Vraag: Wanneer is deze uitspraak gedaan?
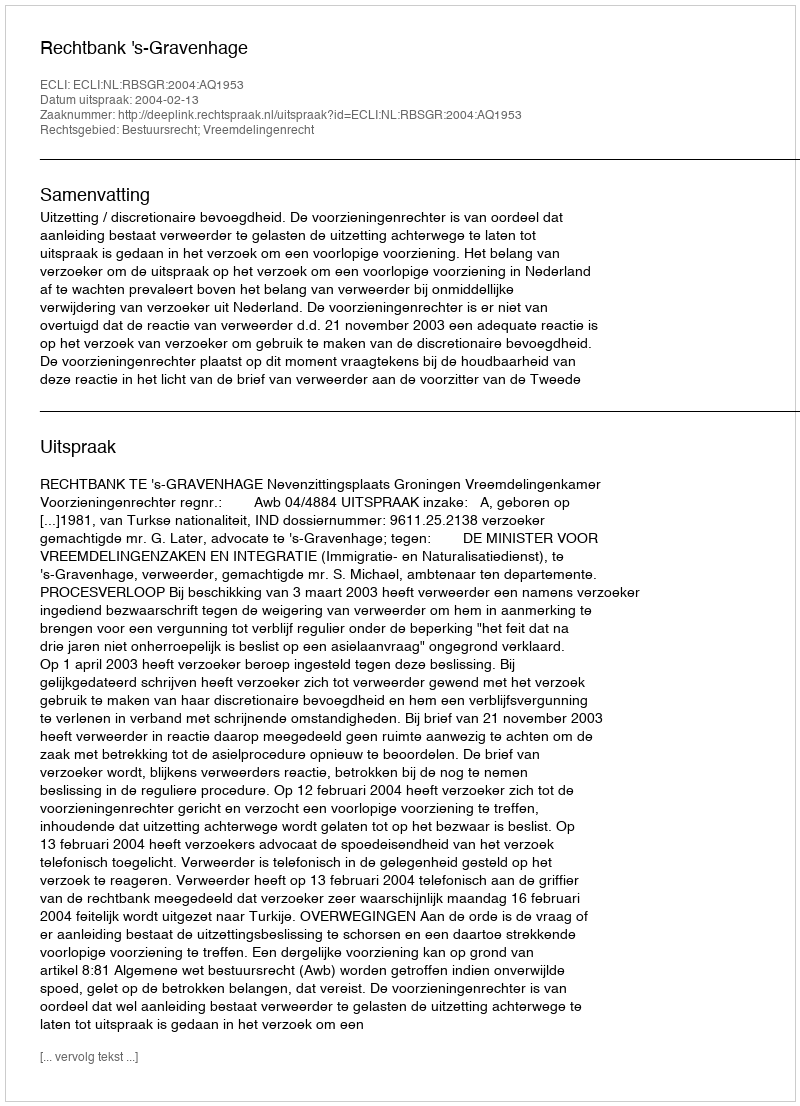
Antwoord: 2004-02-13